Vaccination United Provinces of Agra and Oudh 1923-1928 - 1923-1928
Year: 1923
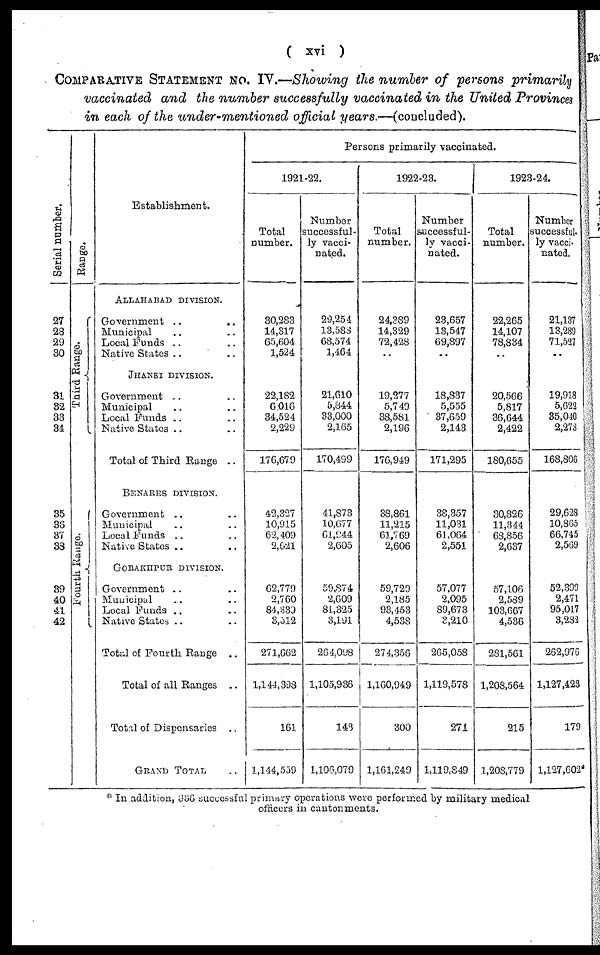
( xvi )
COMPARATIVE STATEMENT No. IV.—Showing the number of persons primarily
vaccinated and the number successfully vaccinated in the United Provinces
in each of the under mentioned official years.—(concluded).
Serial number.
27
28
29
30
31
32
33
34
35
36
37
33
39
40
41
42
Range.
Third Range.
Fourth Range.
Establishment.
ALLAHABAD DIVISION.
Government .. ..
Municipal .. ..
Local Funds .. ..
Native States ..
JHANSI DIVISION.
Government .. ..
Municipal .. ..
Local Funds .. ..
Native States .. ..
Total of Third Range ..
BENARES DIVISION.
Government .. ..
Municipal .. ..
Local Funds .. ..
Native Slates .. ..
GORAKHPUR DIVISION.
Government .. ..
Municipal .. ..
Local Funds .. ..
Native States .. ..
Total of Fourth Range
..
Total of all Ranges
..
Total of Dispensaries ..
GRAND TOTAL ..
Persons primarily vaccinated.
1921-22.
Total
number.
30,283
14,317
65,604
1,524
22,182
6,016
34,524
2,229
176,679
42,327
10,915
62,409
2,621
62,779
2,760
84,339
3,512
271,662
1,144,398
161
1,144,559
Number
successful-
ly vacci-
nated.
29,254
13,588
68,574
1,464
21,610
5,844
33,000
2,165
170,499
41,873
10,677
61,944
2,605
59,874
2,609
81,325
3,191
264,028
1,105,936
148
1,106,079
1922-23.
Total
number.
24,389
14,329
72,428
..
19,277
5,749
38,581
2,196
176,949
38,861
11,215
61,769
2,606
59,729
2,185
93,453
4,538
274,356
1,160,949
300
1,161,249
Number
successful-
ly vacci-
nated.
23,657
13,547
69,897
..
18,837
5,555
37,659
2,143
171,295
38,357
11,031
61,064
2,551
57,077
2,095
89,673
3,210
265,058
1,119,578
271
1,119,849
1923-24.
Total
number.
22,265
14,107
78,834
..
20,566
5,817
36,644
2,422
180,655
30,826
11,344
63,856
2,637
57,106
2,589
103,667
4,536
281,561
1,208,564
215
1,208,779
Number
successful¬
ly vacci-
nated.
21,137
13,239
71,527
..
19,918
5,623
35,040
2,273
168,806
29,628
10,865
66,745
2,569
52,399
2,471
95,017
3,232
262,976
1,127,423
179
1,127,602*
* In addition, 336 successful primary operations were performed by military medical
officers in cantonments.